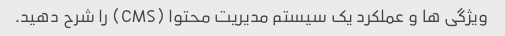
ویژگی ها و عملکرد یک سیستم مدیریت محتوا (CMS) را شرح دهید.